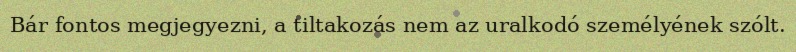
Bár fontos megjegyezni, a tiltakozás nem az uralkodó személyének szólt.